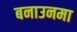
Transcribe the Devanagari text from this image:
बनाउनमा